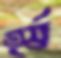
তুর্ষ